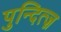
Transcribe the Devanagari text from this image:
पुन्दित्ज़